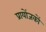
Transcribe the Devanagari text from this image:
प्रायोंजकों